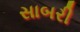
સાબરી